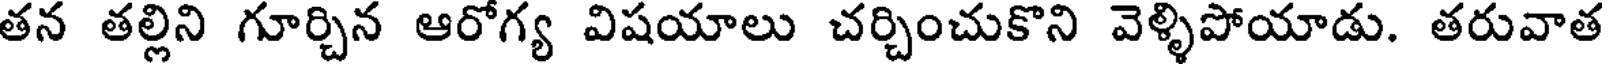
తన తల్లిని గూర్చిన ఆరోగ్య విషయాలు చర్చించుకొని వెళ్ళిపోయాడు. తరువాత